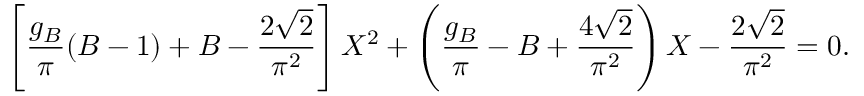
\left[ { \frac { g _ { B } } { \pi } } ( B - 1 ) + B - { \frac { 2 \sqrt { 2 } } { \pi ^ { 2 } } } \right] X ^ { 2 } + \left( { \frac { g _ { B } } { \pi } } - B + { \frac { 4 \sqrt { 2 } } { \pi ^ { 2 } } } \right) X - { \frac { 2 \sqrt { 2 } } { \pi ^ { 2 } } } = 0 .